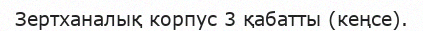
Зертханалық корпус 3 қабатты (кеңсе).